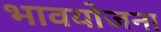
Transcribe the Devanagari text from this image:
भावयोजना